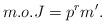
LaTeX: \begin{align*}m.o.J = p^r m'.\end{align*}